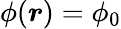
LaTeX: \phi(\boldsymbol r)=\phi_{0}